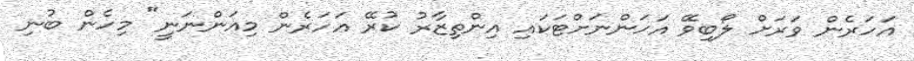
އަހަރެން ވަރަށް ލޯބިވޭ އަހަންނަށްޓަކައި އިންތިޒާރު ކުރޭ އަހަރެން މިއަންނަނީ" މިހެން ބުނި